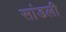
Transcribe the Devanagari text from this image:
सांडली